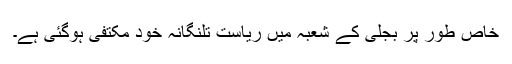
خاص طور پر بجلی کے شعبہ میں ریاست تلنگانہ خود مکتفی ہوگئی ہے۔